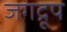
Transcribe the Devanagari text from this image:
जगद्रूप